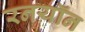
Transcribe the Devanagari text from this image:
रनयॉन